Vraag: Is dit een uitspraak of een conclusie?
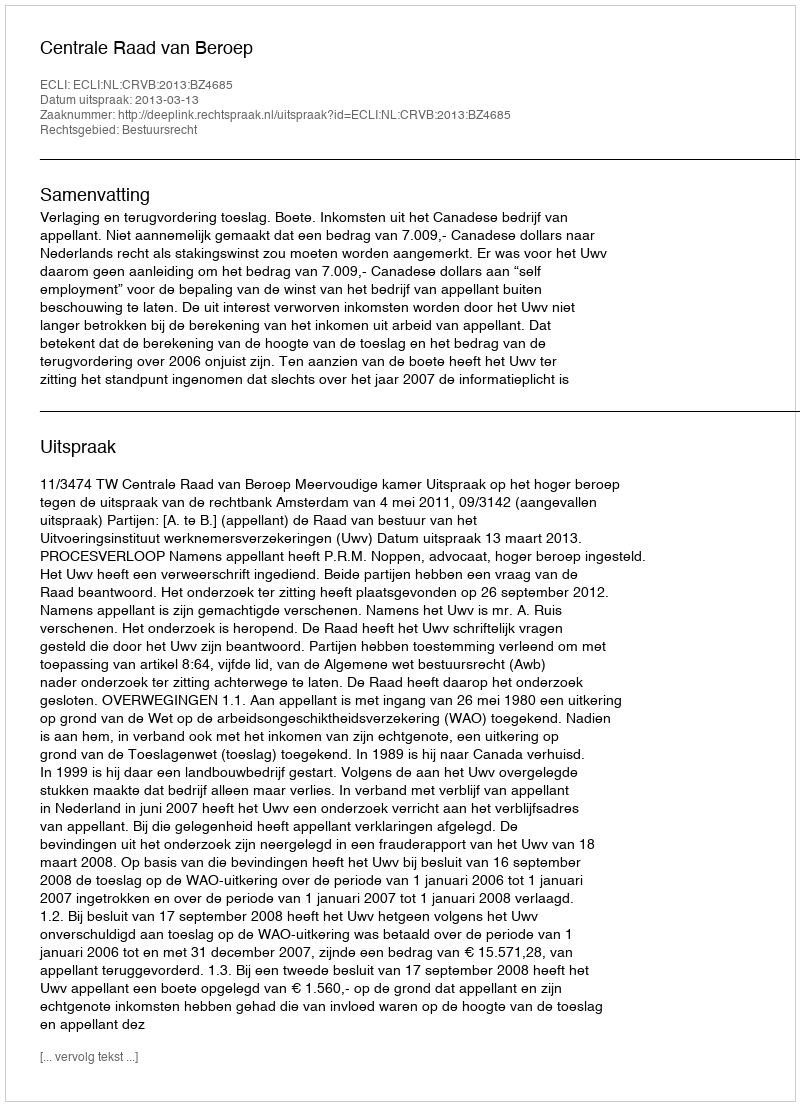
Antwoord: Uitspraak